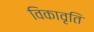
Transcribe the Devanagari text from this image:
विकावृति